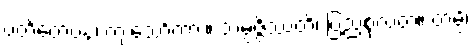
ပတိတေပန၊ ကျသော်ကား။ သမ္ပဇ္ဇိဿတိ၊ ပြည့်စုံလတံ့။ တမ္ပိ၊